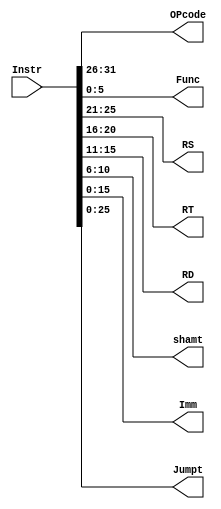
`timescale 1ns / 1ps

module InstrDec #(parameter WL = 32) (Instr, OPcode, Func, RS, RT, RD, shamt, Imm, Jumpt);

input [WL-1:0] Instr;
output reg [5:0] OPcode, Func;
output reg [4:0] RS, RT, RD, shamt;
output reg [15:0] Imm;
output reg [25:0] Jumpt;

always @* begin  
    OPcode = Instr[31:26];
    Func = Instr[5:0];
    RS = Instr[25:21];
    RT = Instr[20:16];
    RD = Instr[15:11];
    shamt = Instr[10:6];
    Imm = Instr[15:0];
    Jumpt = Instr[25:0];
end

endmodule